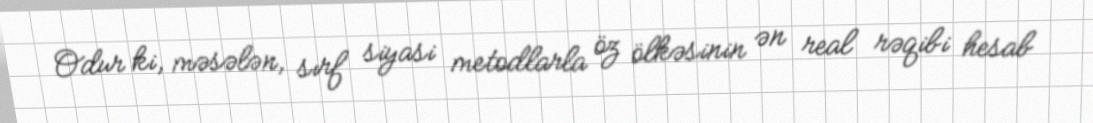
Odur ki, məsələn, sırf siyasi metodlarla öz ölkəsinin ən real rəqibi hesab